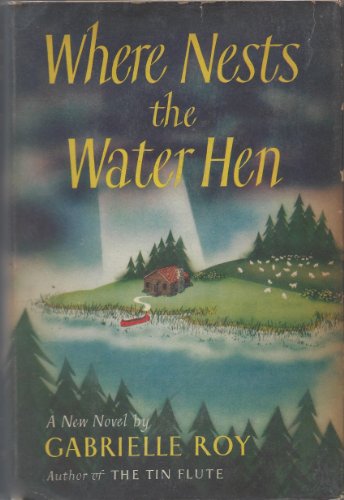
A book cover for Where Nests the Water Hen; Gabrielle Roy; Literature & Fiction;